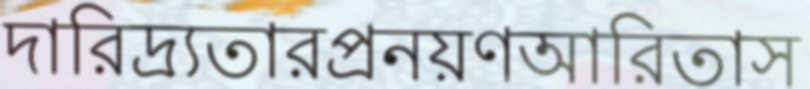
দারিদ্র্যতারপ্রনয়ণআরিতাস